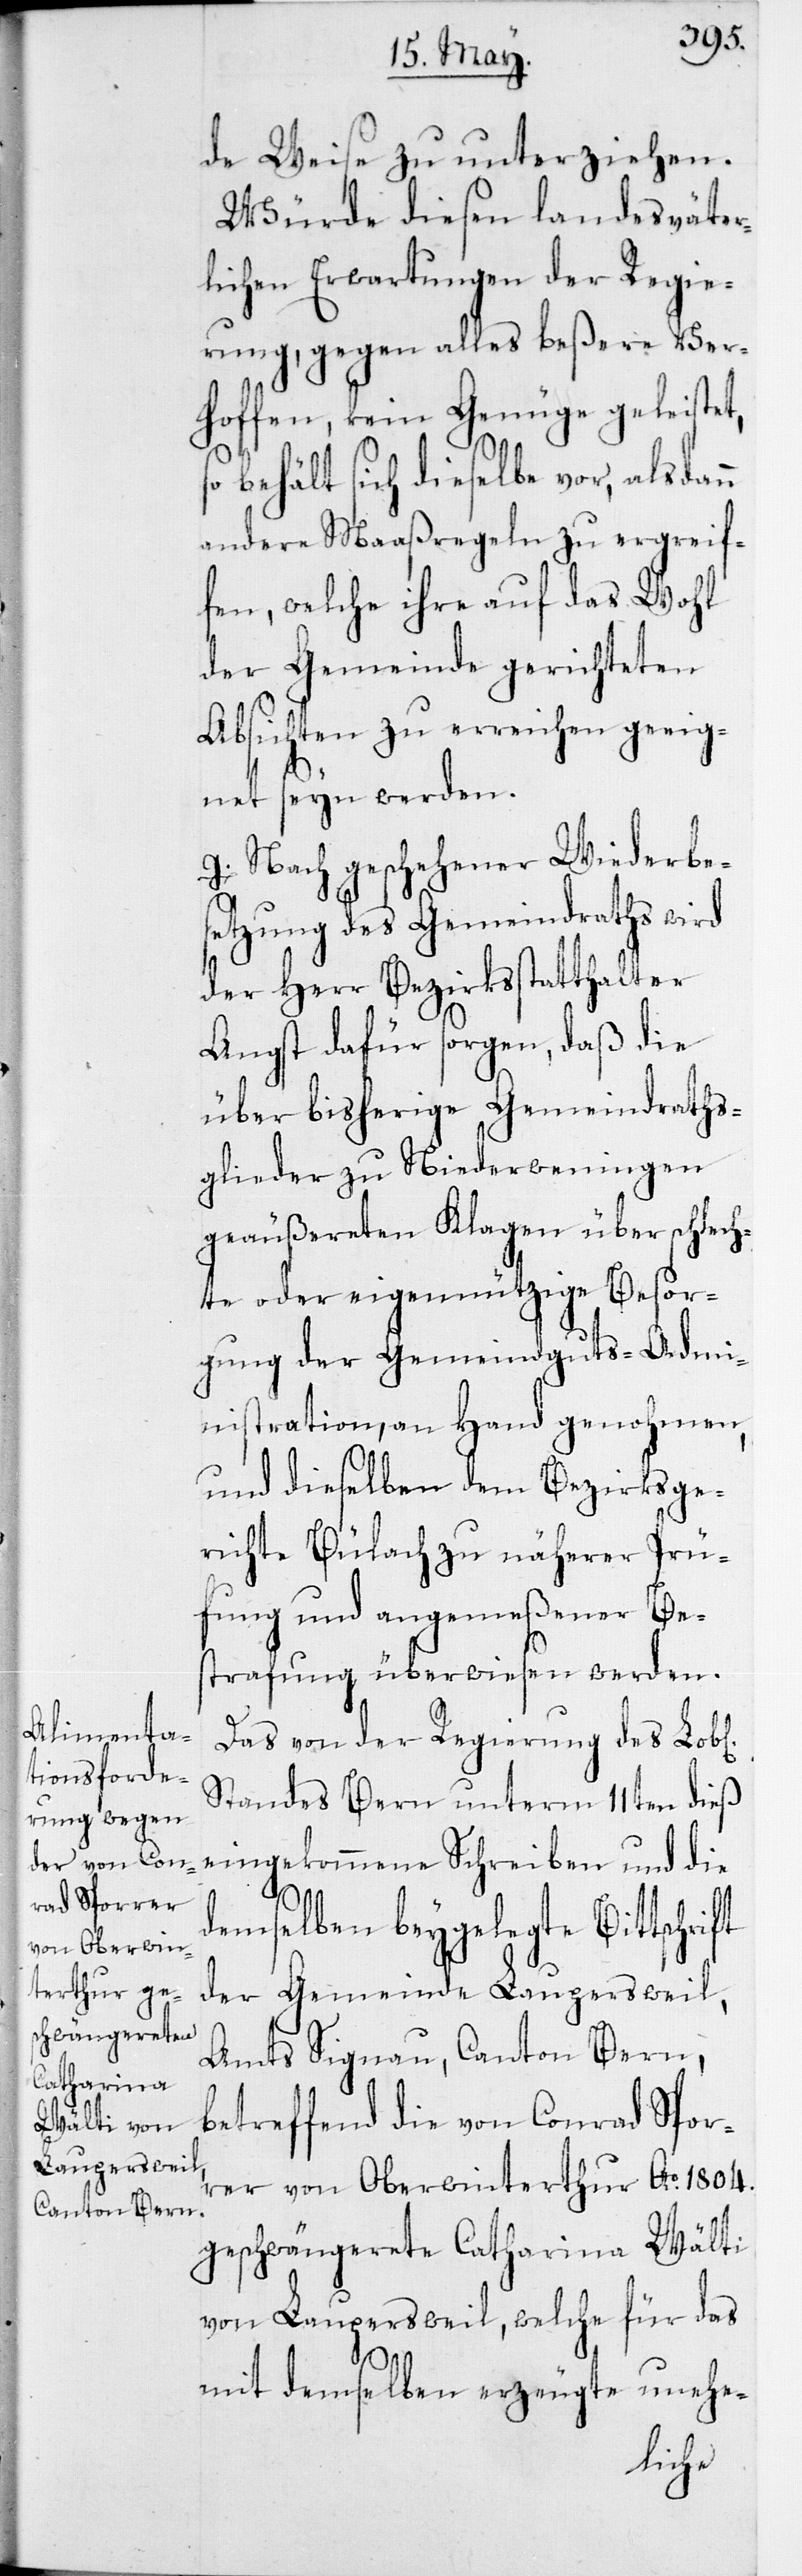
de Weise zu unterziehen.
Würde diesen landesväter¬
lichen Erwartungen der Regie¬
rung, gegen alles beßere Ver¬
hoffen, kein Genüge geleistet,
behält sich dieselbe vor, alsdann
andere Maaßregeln zu ergreif¬
en, welche ihre auf das Wohl
der Gemeinde gerichteten
Absichten zu erreichen geeig¬
net seyn werden.
g) Nach geschehener Wiederbe¬
setzung des Gemeindraths wird
der Herr Bezirksstatthalter
Angst dafür sorgen, daß die
über bisherige Gemeindraths¬
glieder zu Niederweningen
geäußereten Klagen über schlech¬
te oder eigennützige Besor¬
gung der Gemeindguts-Admi¬
nistration, an Hand genohmen,
und dieselben dem Bezirksge¬
richte Bülach zu näherer Prü¬
fung und angemeßener Be¬
strafung überwiesen werden.
ft
Das von der Regierung des Lob[l¬
Standes Bern unterm 11ten dieß
eingekommene Schreiben und die
demselben beygelegte Bittschri¬
der Gemeinde Laupersweil,
Amts Signau Canton Bern,
betreffend die von Conrad Spor¬
rer von Oberwinterthur Ao 1804.
geschwängerete Catharina Wälti
von Laupersweil, welche für das
ichen]
mit demselben erzeugte unehe-